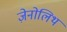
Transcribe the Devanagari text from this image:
ज़ेनोलिथ